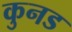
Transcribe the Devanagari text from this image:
कुनड